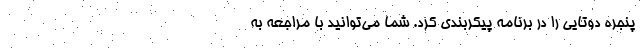
پنجره دوتایی را در برنامه پیکربندی کرد. شما می‌توانید با مراجعه به